Statistical return of the lunatic asylum in Assam - 1912-1932
Year: 1912
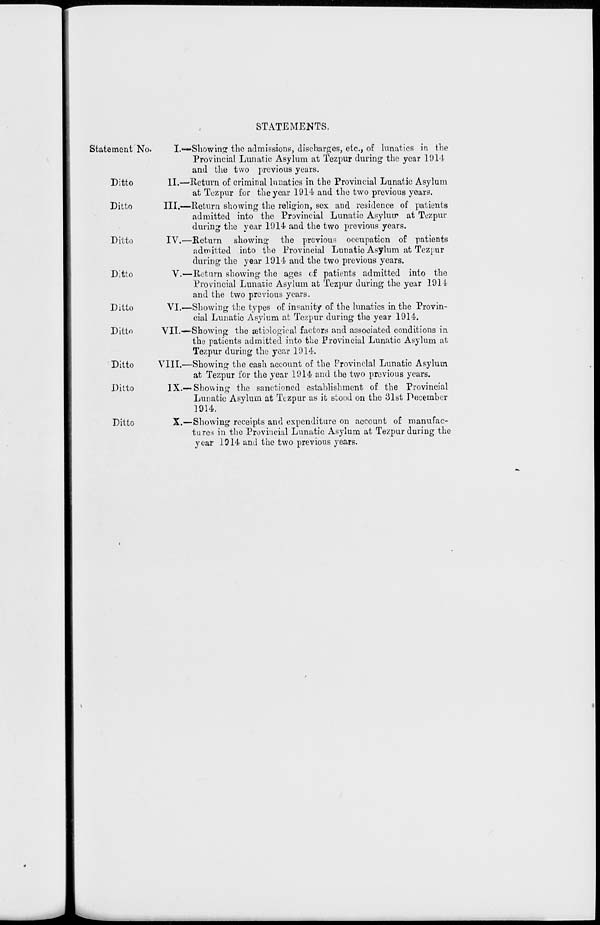
STATEMENTS.
Statement No.
Ditto
Ditto
Ditto
Ditto
Ditto
VI
Ditto
VII.
Ditto
VIII
Ditto
IX
Ditto
I.«*»Showmjr the admissions, discharges, etc., of lunatics in the
Provincial Lunatic Asylum at Tezpur during the year 1914
and the two previous years.
II.—Return of criminal lunatics in the Provincial Lunatic Asylum
at Tezpur for the year 1914 and the two previous years.
III.—Return showing the religion, sex and residence of patients
admitted into the Provincial Lunatic Asylum at Tezpur
during the year 1914 and the two previous years.
IV.—Return showing the previous occupation of patients
admitted into the Provincial Lunatic Asylum at Tezpur
during the year 1914 and the two previous years.
V.—Return showing the ages of patients admitted into the
Provincial Lunatic Asylum at Tezpur during the year 1914
and the two previous years.
•Showing the types of insanity of the lunatics in the Provin-
cial Lunatic Asylum at Tezpur during the year 1914.
Showing the rotiological factors and associated conditions in
the patients admitted into the Provincial Lunatic Asylum at
Tezpur during the year 1914.
Showing the cash account of the Provincial Lunatic Asylum
at Tezpur for the year 1914 and the two previous years.
Showing the sanctioned establishment of the Provincial
Lunatic Asylum at Tezpur as it stood on the 31st December
1914.
X.—Showing receipts and expenditure on account of manufac-
tures in the Provincial Lunatic Asylum at Tezpur during the
year 1914 and the two previous years.